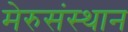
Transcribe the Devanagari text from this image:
मेरुसंस्थान